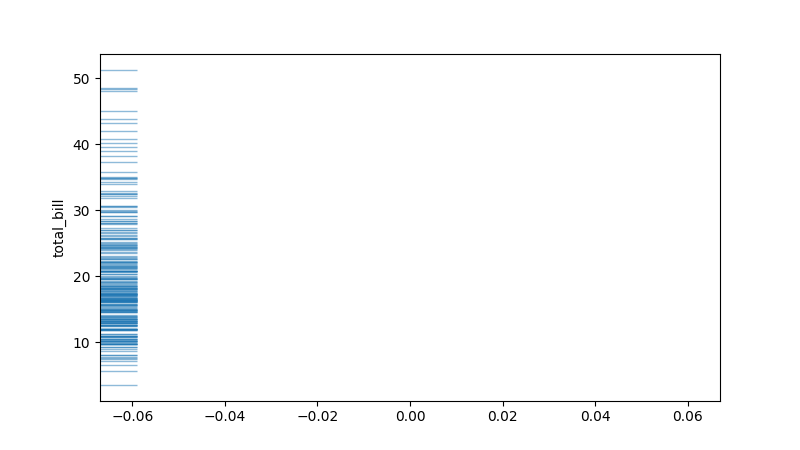
python, seaborn, rugplot, height=0.06, axis='y', alpha=0.5